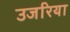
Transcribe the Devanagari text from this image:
उजरिया